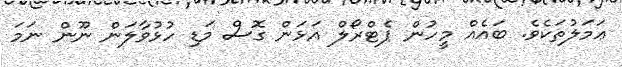
ޢަމަލުތަކެވެ. ބައެއް މީހުން ޕެޓްރޯލް އަޅަން ގޮސް މަޑި ހުޅުވާލަން ނޫން ނަމަ